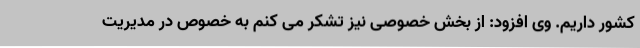
کشور داریم. وی افزود: از بخش خصوصی نیز تشکر می کنم به خصوص در مدیریت